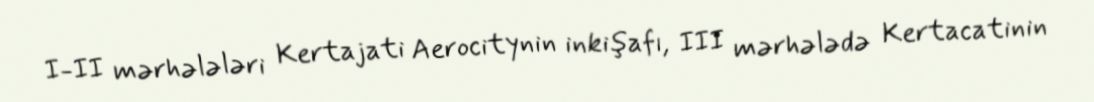
I-II mərhələləri Kertajati Aerocitynin inkişafı, III mərhələdə Kertacatinin